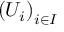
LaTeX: \left( U _ { i } \right) _ { i \in I }